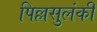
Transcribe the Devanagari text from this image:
पिल्लसुलंकी